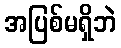
အပြစ်မရှိဘဲ